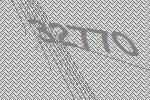
32770